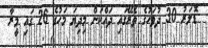
ޑޮލަރު 30 ދުވަހުގެ ތެރޭގައި ދައްކަން މިދިޔަ މަހުގެ 26 ގައި މީރާ